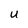
Character: u